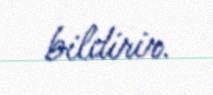
bildirir.